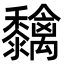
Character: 𮮓